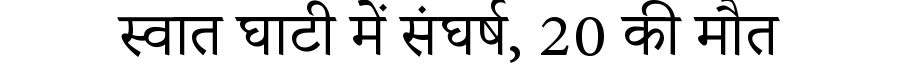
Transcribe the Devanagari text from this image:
स्वात घाटी में संघर्ष, 20 की मौत